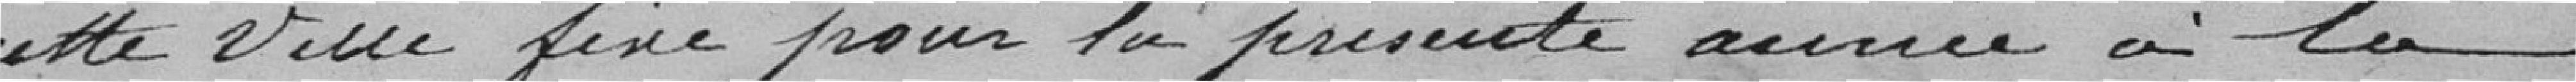
cette ville fixé pour la présente année à la